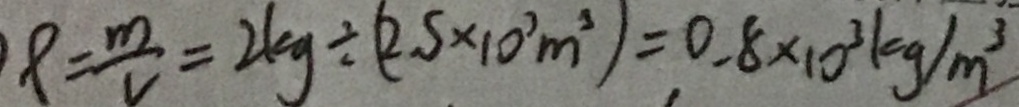
\rho = \frac { m } { v } = 2 k g \div ( 2 . 5 \times 1 0 ^ { 3 } m ^ { 3 } ) = 0 . 8 \times 1 0 ^ { 3 } k g / m ^ { 3 }